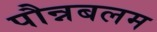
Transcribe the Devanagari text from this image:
पौन्नबलम